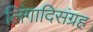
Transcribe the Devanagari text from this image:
लिंगादिसंग्रह